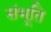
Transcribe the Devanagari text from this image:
संभूति